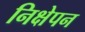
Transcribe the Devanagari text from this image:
निक्षेपन